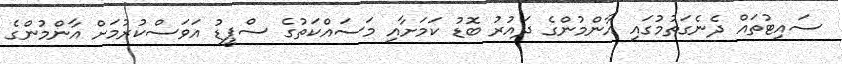
ސައިޓުތައް ދެނެގަތުމުގައި އާންމުންގެ ދައުރު ބޮޑު ކަމަށާއި މަސައްކަތުގެ ސްޕީޑު އަވަސްކުރުމަށް އާންމުންގެ